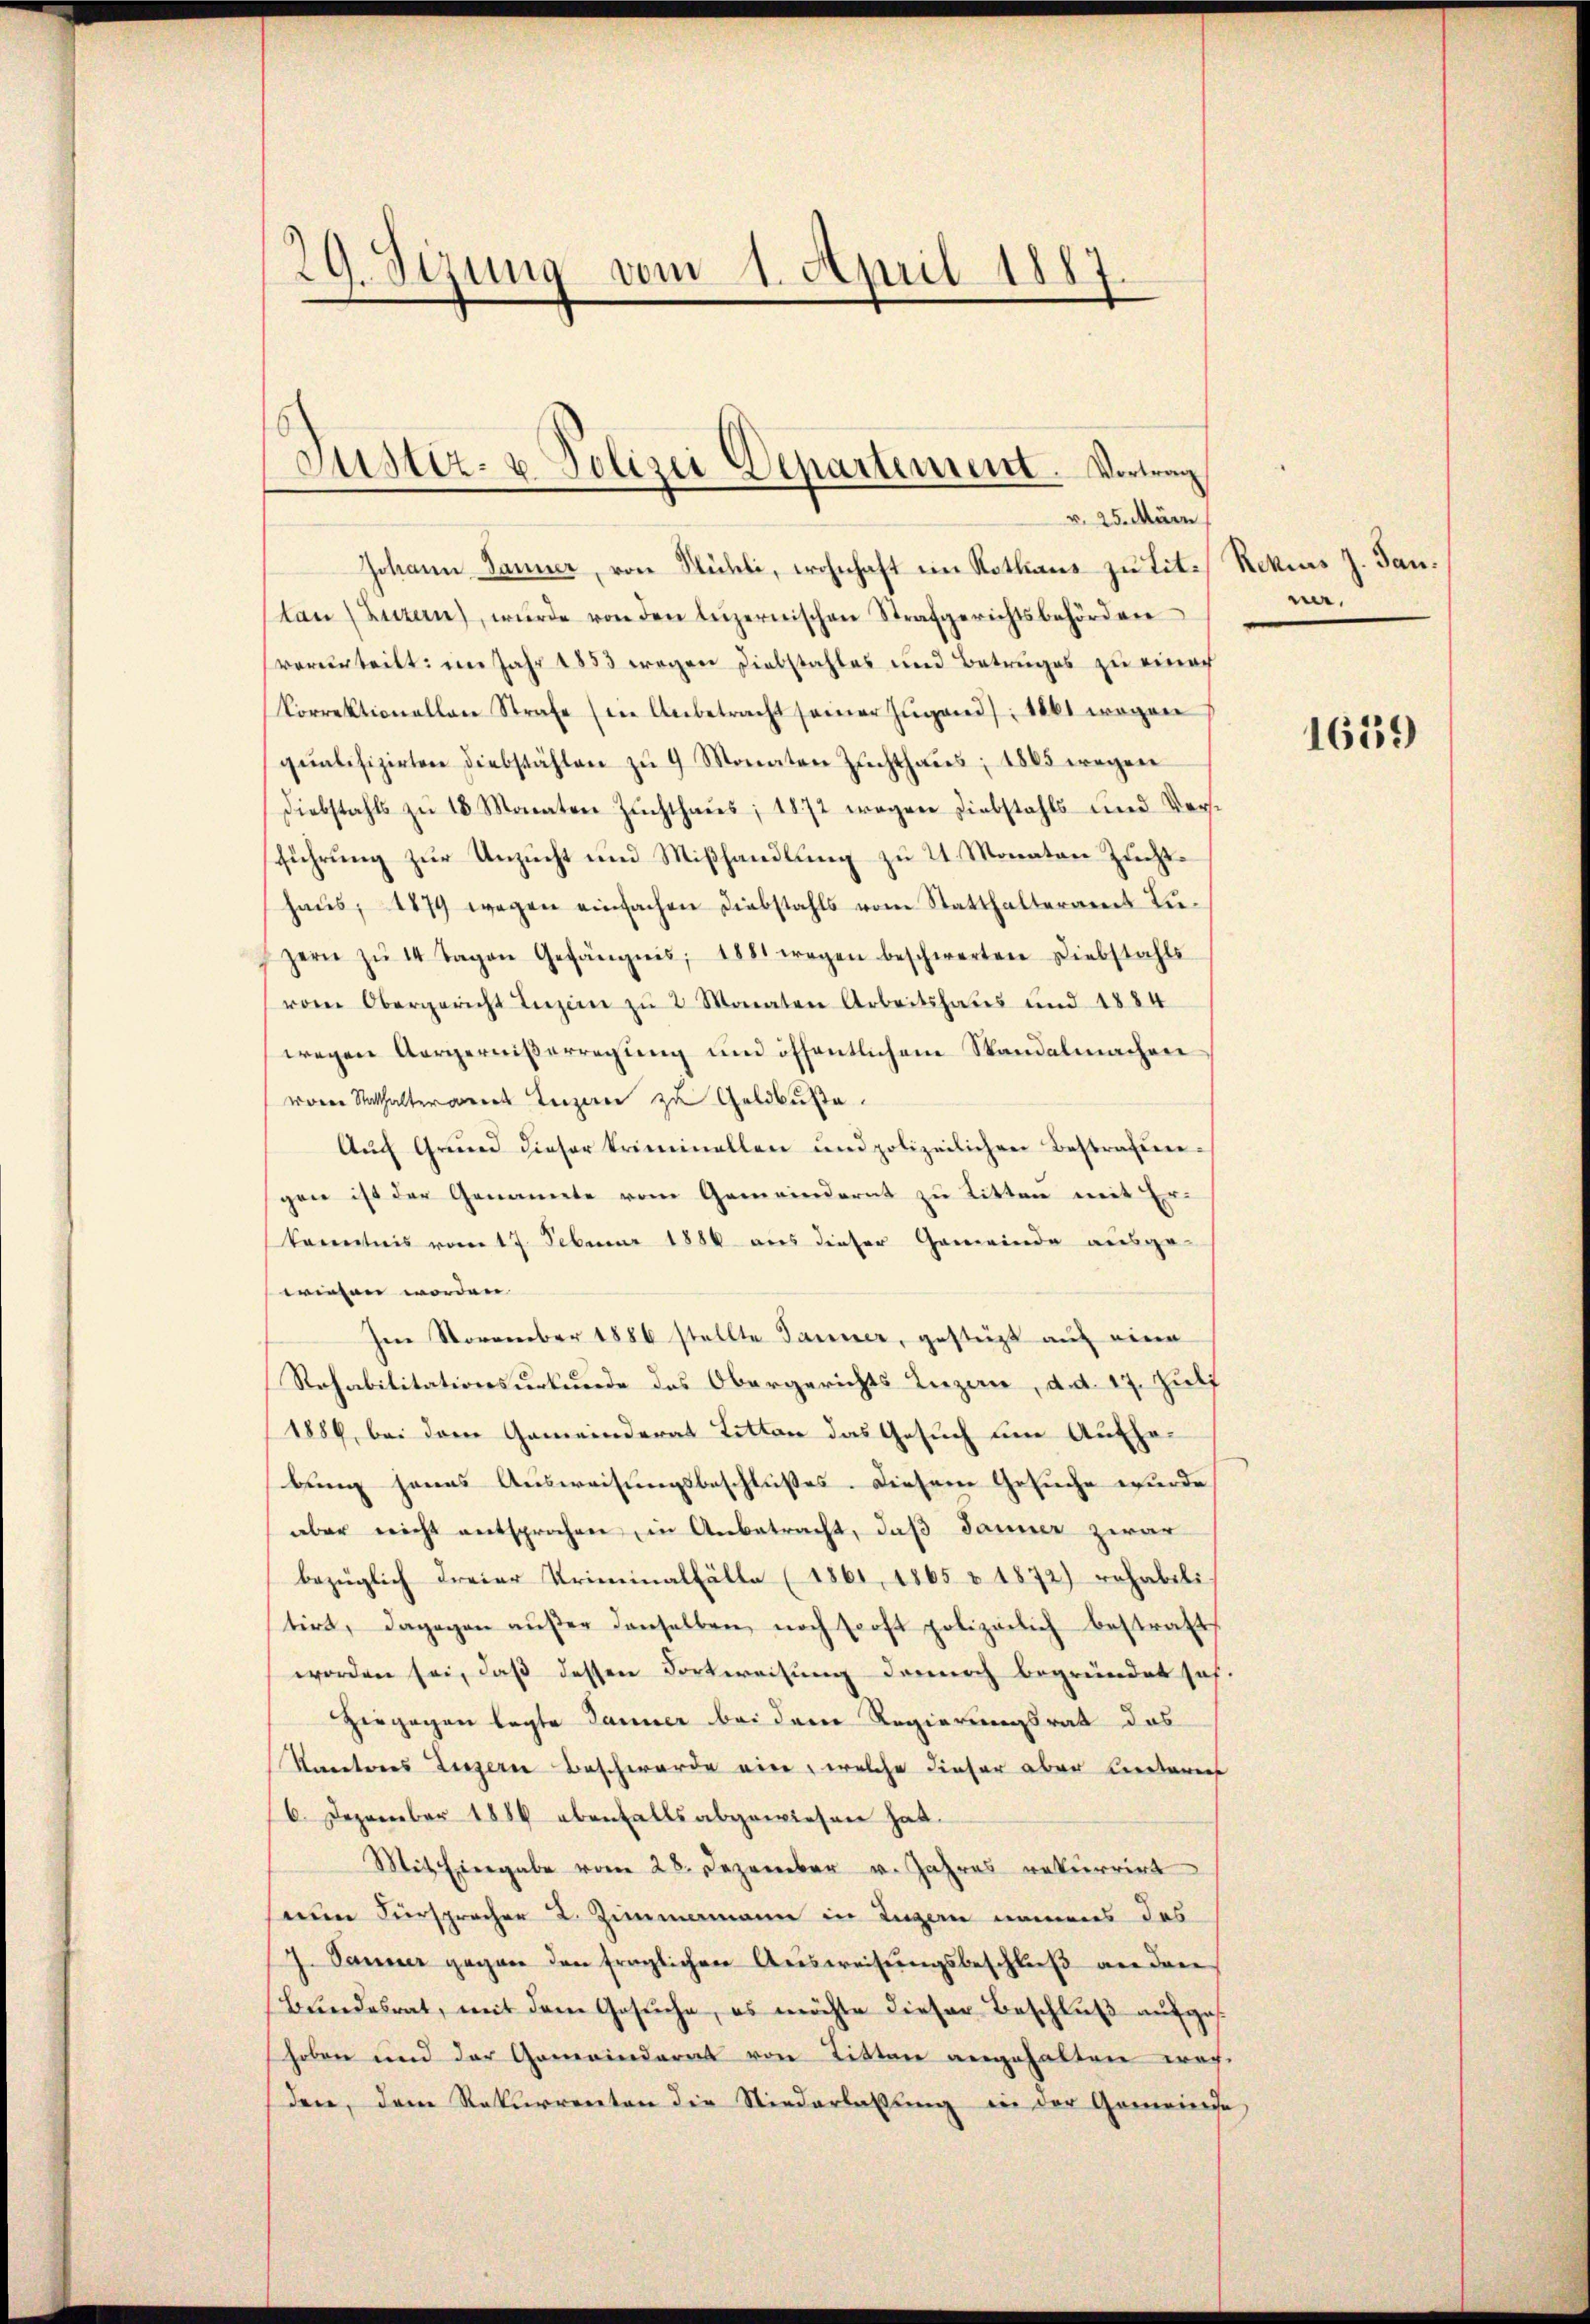
29. Sizung vom 1. April 1887.

Justiz- u Polizei Departement. Vortrag
v. 25. März

Johann Janner, von Mühle, wohnhaft im Rothans zu Tit. Rokias J. Jantan (Luzern), wurde von den luzernischen Strafgerichtsbehörden
vorurteilt: im Jahr 1883 wegen Diebstahles und Betruges zu einer
Correktionallene Strafe (in Anbetracht seiner Zŭgand), 1861 wegen
qualifizirten Diebstählen zŭ 9 Monaten Zuchthaŭs: 1885 wegen
Diebstahls zŭ 18 Monaten Zŭchthaŭs, 1872 wegen Diebstahls und Verst
führung zur Unzucht und Mißhandlung zu 2. Monaten Zuchthaus, 1879 wegen einfachen Diebstahls vom Statthalteramt Luzern zŭ 14 Tagen Gefängnis, 1881 wegen beschwerten Diebstahls
vom Obergericht Luzern zŭ 2 Monaten Arbeitshaus und 1884
wegen Aergernißerregung und öffentlichem Standelmachen
woren Statthalterer Terzerer zu Geldbuße.
Auch Grund dieser Kriminallen und polizeilichen Bestrafen-
gen ist der Genannte vom Gemeinderat zu Ritten mit Erkanntnis vom 17. Februar 1886 aus dieser Gemeinde ausge-
wiesen worden. |
Im November 1886 stellte Sammer, gesteigt auf eine
Rehabilitationsurkunde des Obergerichts Luzan, d. d. 17. Juli
1886, bei dem Gemeinderat Litten das Gesuch um Aufhebung jenes Ausweisungsbeschlußes. Diesem Gesuche wurde
aber nicht entsprachen, in Anbetracht, daß Jänner zwar
bezüglich dreier Kriminalfälle (1861, 1865 & 1872) rehabili-
tirt, dagegen aŭβer denselben noch sooft polizeilich bestratt
worden sei, daß dessen Dortweisung dennoch begründet sah,
Ziegegen legte Tanner bei dem Regierungsrat das
Kantores Luzern Beschwerde eine, welche dieser aber kneteren
6. Dezember 1886 ebenfalls abgewiesen hat.
Mit Eingabe vom 28. Dezember v. Jahres rekurrirt
num Fürspracher 2. Zimmamann in Luzern namens das
7. Jänner gegen den fraglichen Aŭsweisŭngsbeschlŭβ an den
Bundesrat, mit dem Gesŭche, es möchte dieser Beschluß aufgeshoben und der Gemeinderat von Litten angehalten wachden, dem Rekurrenten die Niederlassung in der Gemeinde

na.

1659